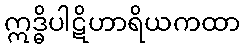
ဣဒ္ဓိပါဋိဟာရိယကထာ